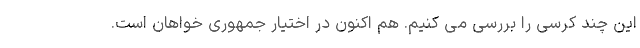
این چند کرسی را بررسی می کنیم. هم اکنون در اختیار جمهوری خواهان است.